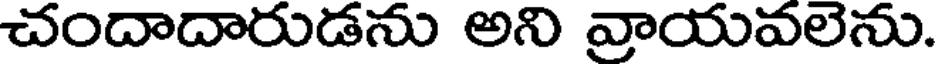
చందాదారుడను అని వ్రాయవలెను.